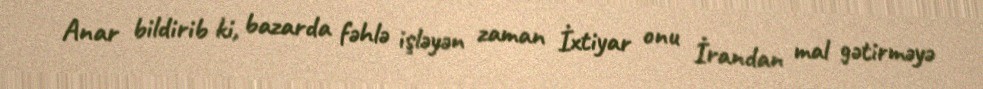
Anar bildirib ki, bazarda fəhlə işləyən zaman İxtiyar onu İrandan mal gətirməyə